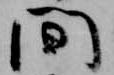
間